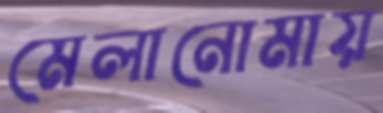
মেলানোমায়